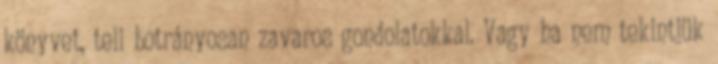
könyvet, teli botrányosan zavaros gondolatokkal. Vagy ha nem tekintjük